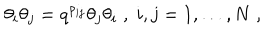
\theta _ { i } \theta _ { j } = q ^ { \rho _ { i j } } \theta _ { j } \theta _ { i } \; , \; i , j = 1 , \dots , N \; ,